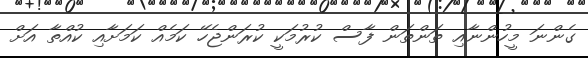
ގެންނަ މީހުންނާއި ތަންތަން ފާސް ކުރުމަކީ ކުރަންޖެހޭ ކަމެއް ކަމަށާއި ކުއްތާ އަށް